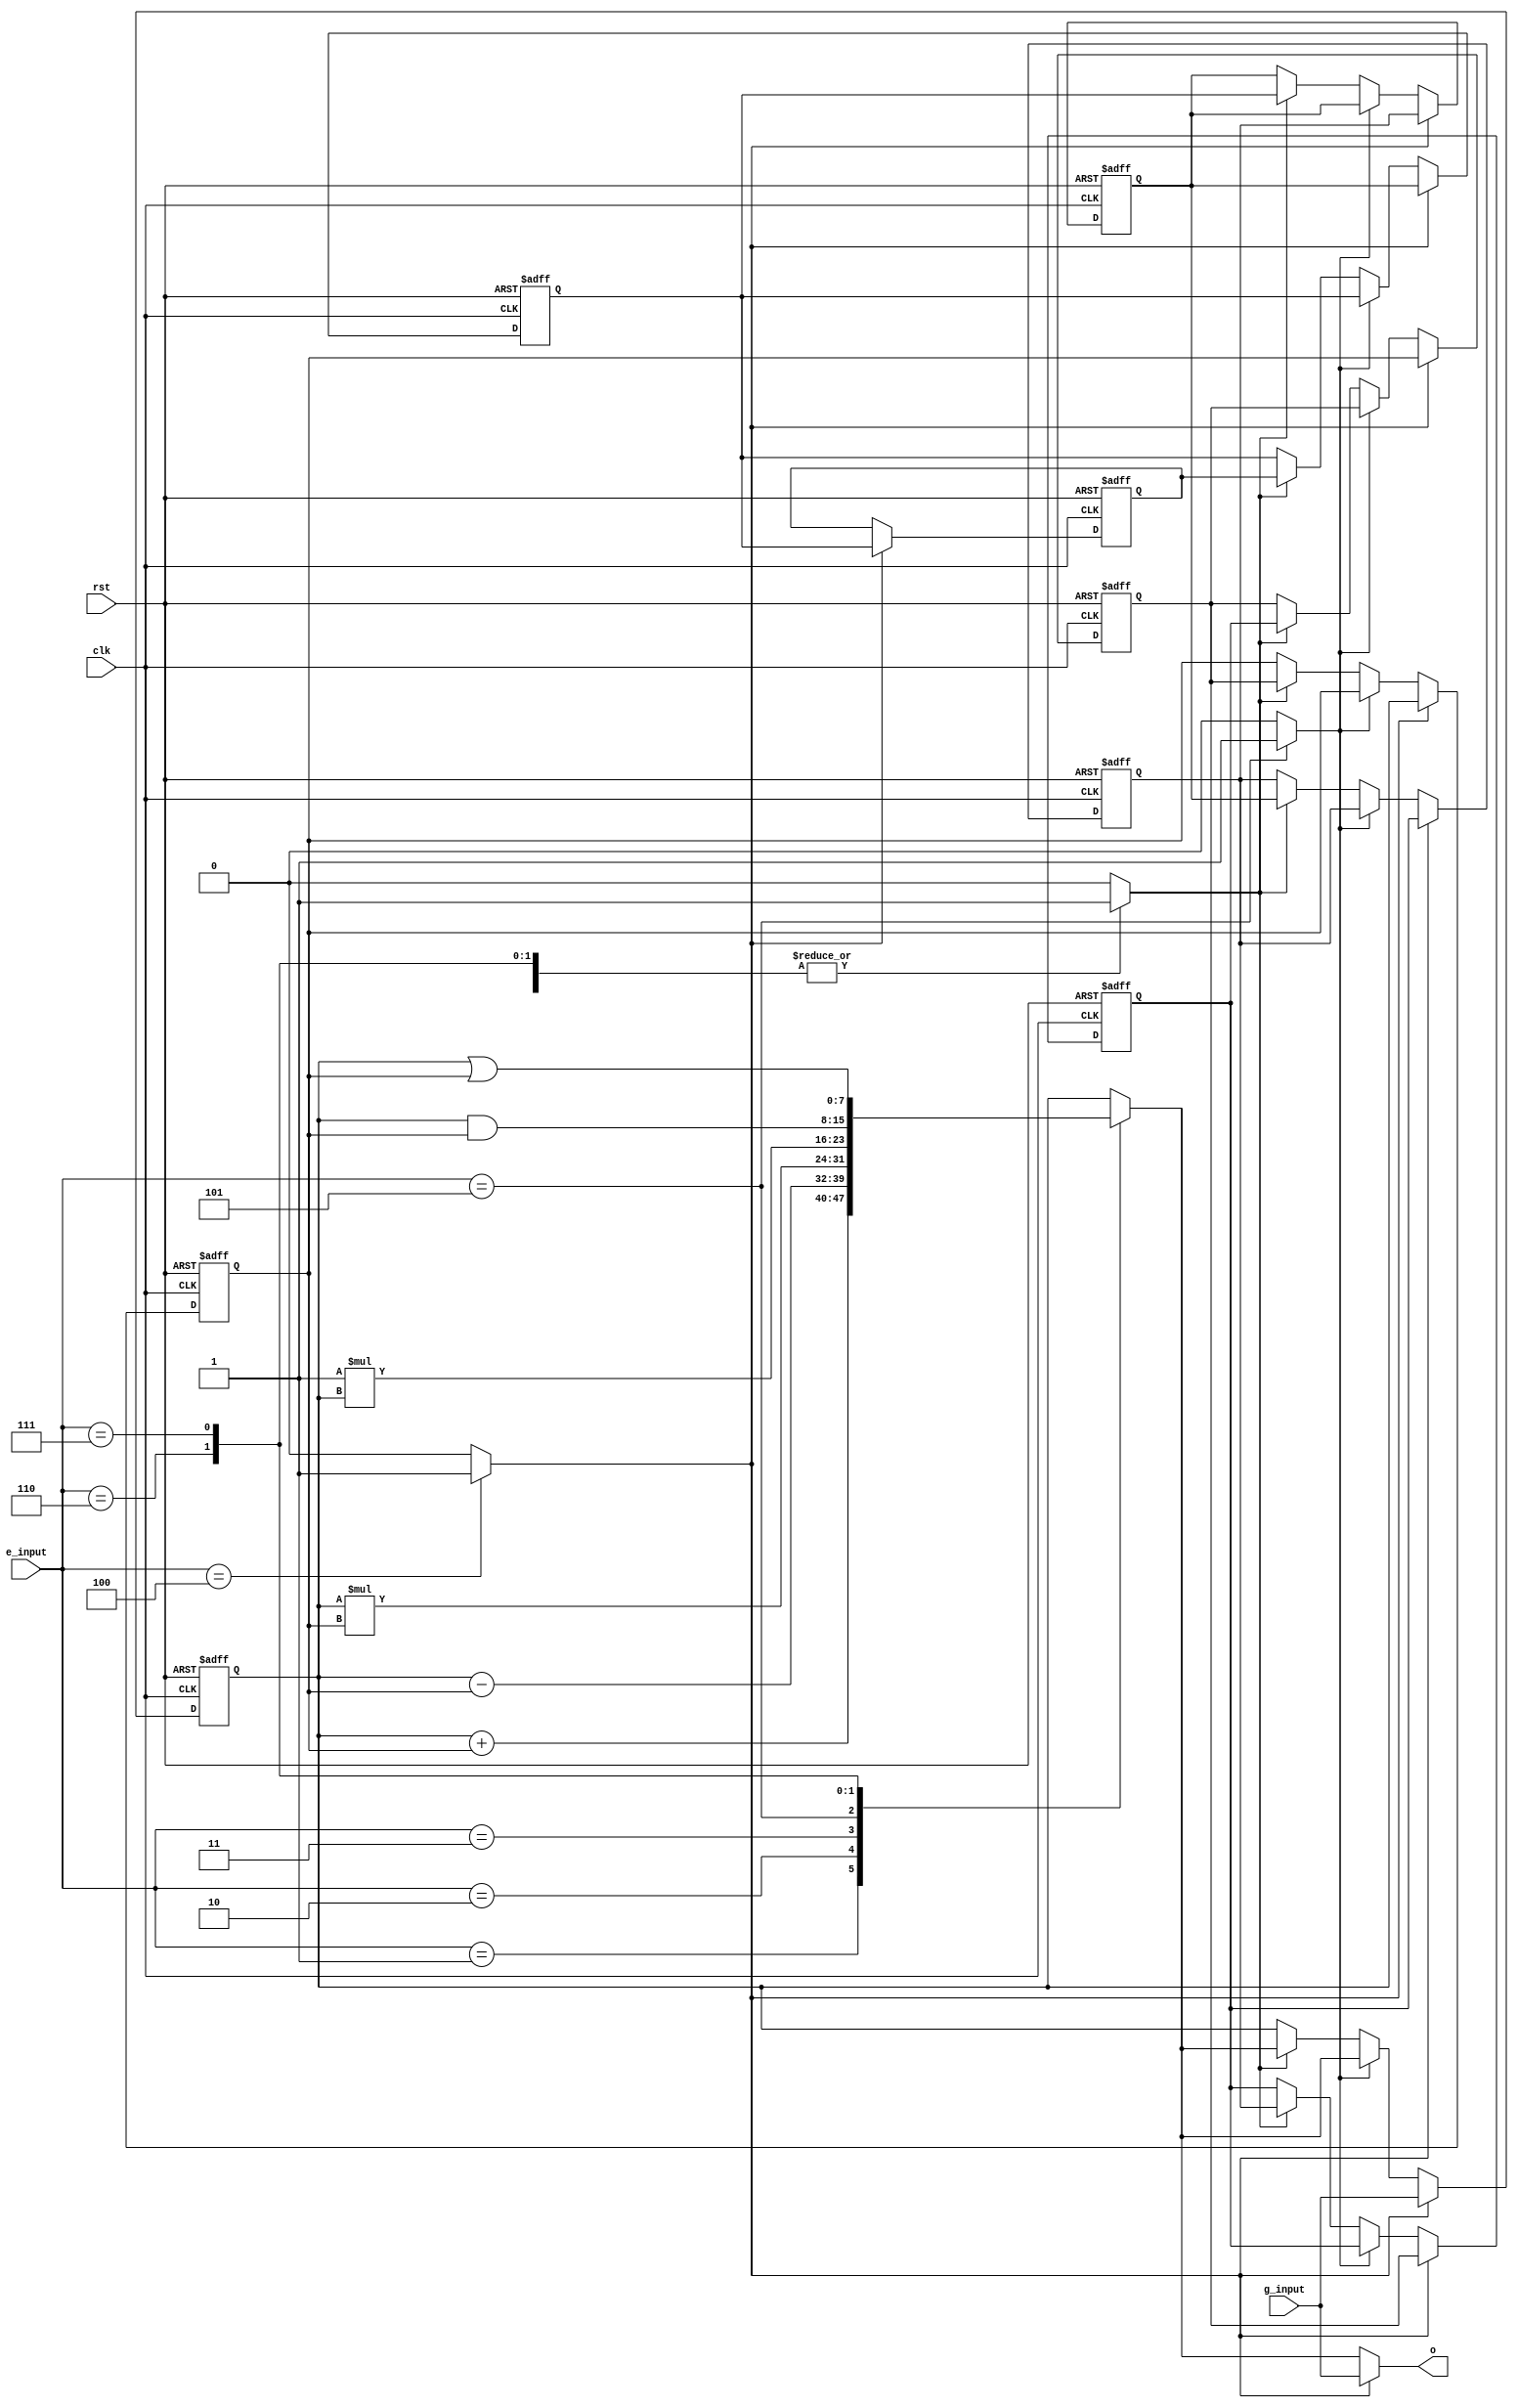
module stackMachine
#(
	parameter N=8, //bits
	parameter S=8 //stack size
)
(
	clk,
	rst,
	g_input,
	e_input,
	o
);
	input						          clk;
	input						          rst;
	input signed		  [N-1:0]	g_input;
	input				      [2:0] 	e_input;
	output reg signed	[N-1:0]	o;

	reg signed			[N-1:0]	alu;
	reg signed			[N-1:0]	stack[S-1:0];
	reg 						push;
	reg 						op1;
	reg 						op2;
	
	integer j;
	
	always@(*)
	begin
		push <= 0;
		op1 <= 0;
		op2 <= 0;
		alu <= stack[0];
		case(e_input)
		3'd0://nop
		begin
		 	alu <= stack[0];
		end
		3'd1://add
		begin
		 	alu <= stack[0] + stack[1];
		 	op2 <= 1'b1;		
		end
		3'd2://sub
		begin
		 	alu <= stack[0] - stack[1];	
		 	op2 <= 1'b1;
		end
		3'd3://mult
		begin
		 	alu <= stack[0] * stack[1];
		 	op2 <= 1'b1; 	
		end
		3'd4://push
		begin
		 	push <= 1;
		end
		3'd5://neg
		begin
		 	alu <= -1 * stack[0];
		 	op1 <= 1'b1; 
		end
		3'd6://and
		begin
		 	alu <= stack[0] & stack[1];
		 	op2 <= 1'b1; 
		end
		3'd7://or
		begin
		 	alu <= stack[0] | stack[1];
		 	op2 <= 1'b1; 
		end
		3'd8://xor
		begin
		 	alu <= stack[0] ^ stack[1];
		 	op2 <= 1'b1; 
		end
		endcase
	end


	always @(*) 
	begin
		if(push)
		begin
			o <= g_input; 
		end
		else
		begin
			o <= alu; 
		end
	end

	always@(posedge clk or posedge rst)
	begin
		if(rst)
		begin
			for(j=0;j<S;j=j+1)
			begin
				stack[j] <= 0;
			end
		end
		else
		begin
			if(push)
			begin
				stack[0] <= g_input; 
				for(j=1;j<S;j=j+1)
				begin
					stack[j] <= stack[j-1];
				end
			end
			else if(op1)
			begin
				stack[0] <= alu; 
			end
			else if(op2)
			begin
				stack[0] <= alu; 
				for(j=1;j<S-1;j=j+1)
				begin
					stack[j] <= stack[j+1];
				end
			end
		end
	end
	
endmodule